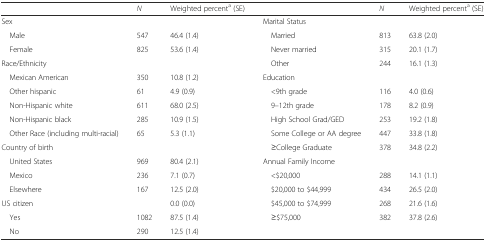
<table><thead><tr><td></td><td><b><i>N</i></b></td><td><b>Weighted percent<sup>a</sup> (SE)</b></td><td></td><td><b><i>N</i></b></td><td><b>Weighted percent<sup>a</sup> (SE)</b></td></tr></thead><tbody><tr><td>Sex</td><td></td><td></td><td>Marital Status</td><td></td><td></td></tr><tr><td> Male</td><td>547</td><td>46.4 (1.4)</td><td> Married</td><td>813</td><td>63.8 (2.0)</td></tr><tr><td> Female</td><td>825</td><td>53.6 (1.4)</td><td> Never married</td><td>315</td><td>20.1 (1.7)</td></tr><tr><td>Race/Ethnicity</td><td></td><td></td><td> Other</td><td>244</td><td>16.1 (1.3)</td></tr><tr><td> Mexican American</td><td>350</td><td>10.8 (1.2)</td><td>Education</td><td></td><td></td></tr><tr><td> Other hispanic</td><td>61</td><td>4.9 (0.9)</td><td> &lt;9th grade</td><td>116</td><td>4.0 (0.6)</td></tr><tr><td> Non-Hispanic white</td><td>611</td><td>68.0 (2.5)</td><td> 9–12th grade</td><td>178</td><td>8.2 (0.9)</td></tr><tr><td> Non-Hispanic black</td><td>285</td><td>10.9 (1.5)</td><td> High School Grad/GED</td><td>253</td><td>19.2 (1.8)</td></tr><tr><td> Other Race (including multi-racial)</td><td>65</td><td>5.3 (1.1)</td><td> Some College or AA degree</td><td>447</td><td>33.8 (1.8)</td></tr><tr><td>Country of birth</td><td></td><td></td><td> ≥College Graduate</td><td>378</td><td>34.8 (2.2)</td></tr><tr><td> United States</td><td>969</td><td>80.4 (2.1)</td><td>Annual Family Income</td><td></td><td></td></tr><tr><td> Mexico</td><td>236</td><td>7.1 (0.7)</td><td> &lt;$20,000</td><td>288</td><td>14.1 (1.1)</td></tr><tr><td> Elsewhere</td><td>167</td><td>12.5 (2.0)</td><td> $20,000 to $44,999</td><td>434</td><td>26.5 (2.0)</td></tr><tr><td>US citizen</td><td></td><td>0.0 (0.0)</td><td> $45,000 to $74,999</td><td>268</td><td>21.6 (1.6)</td></tr><tr><td> Yes</td><td>1082</td><td>87.5 (1.4)</td><td> ≥$75,000</td><td>382</td><td>37.8 (2.6)</td></tr><tr><td> No</td><td>290</td><td>12.5 (1.4)</td><td></td><td></td><td></td></tr></tbody></table>